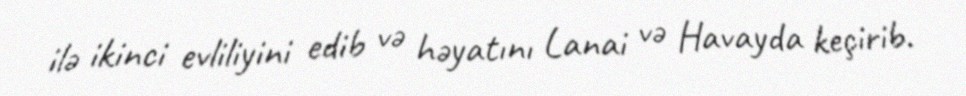
ilə ikinci evliliyini edib və həyatını Lanai və Havayda keçirib.